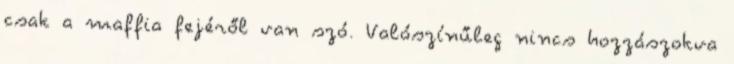
csak a maffia fejéről van szó. Valószínűleg nincs hozzászokva